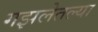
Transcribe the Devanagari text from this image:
गझलेतल्या